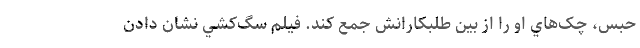
حبس، چک‌هاي او را از بين طلبکارانش جمع کند. فيلم سگ‌کشي نشان دادن